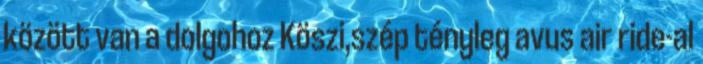
között van a dolgohoz Köszi,szép tényleg avus air ride-al